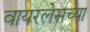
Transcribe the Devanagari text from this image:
वायरलेसच्या